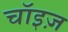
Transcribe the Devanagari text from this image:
चॉइज़